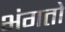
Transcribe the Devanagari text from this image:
भंगतो